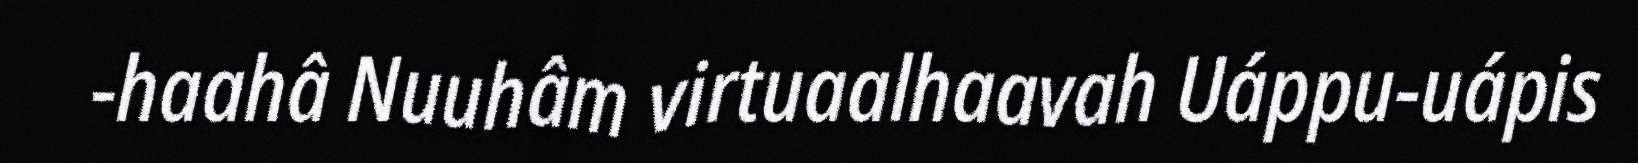
-haahâ Nuuhâm virtuaalhaavah Uáppu-uápis